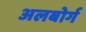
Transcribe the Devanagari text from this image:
अलबोर्ग